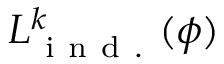
{ L } _ { \mathrm { ~ i ~ n ~ d ~ . ~ } } ^ { k } ( \phi )